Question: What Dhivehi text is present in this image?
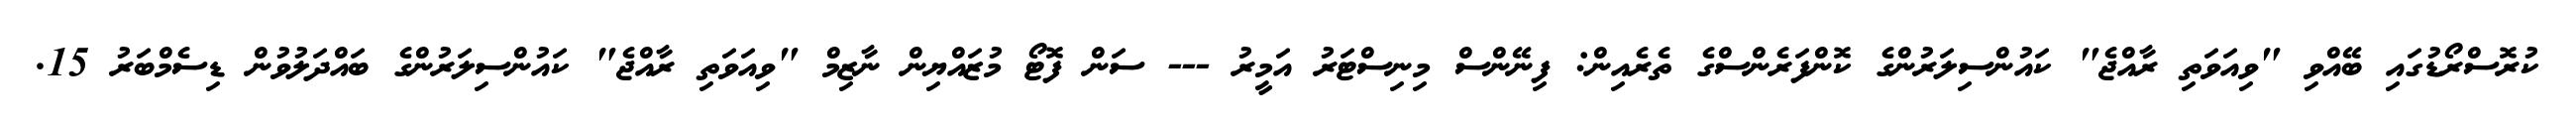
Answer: ކުރޮސްރޯޑުގައި ބޭއްވި "ވިއަވަތި ރާއްޖެ" ކައުންސިލަރުންގެ ކޮންފަރެންސްގެ ތެރެއިން: ފިނޭންސް މިނިސްޓަރު އަމީރު --- ސަން ފޮޓޯ މުޒައްޔިން ނާޒިމް "ވިއަވަތި ރާއްޖެ" ކައުންސިލަރުންގެ ބައްދަލުވުން ޑިސެމްބަރު 15.